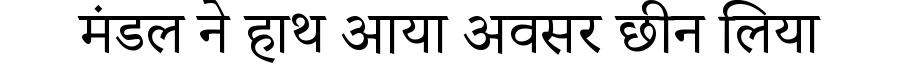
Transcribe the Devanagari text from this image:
मंडल ने हाथ आया अवसर छीन लिया